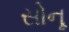
સોનૂ